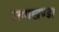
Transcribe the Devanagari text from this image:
उत्तराखण्ड।